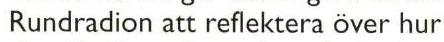
Rundradion att reflektera över hur